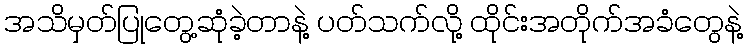
အသိမှတ်ပြုတွေ့ဆုံခဲ့တာနဲ့ ပတ်သက်လို့ ထိုင်းအတိုက်အခံတွေနဲ့